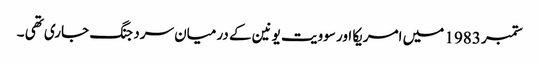
ستمبر 1983 میں امریکا اور سوویت یونین کے درمیان سرد جنگ جاری تھی ۔